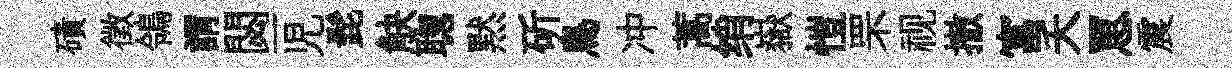
磧徵鴒謂閟一児髭觖聦黙斫鳥冲蒿绡嶽愷罘视撤富夭罳震